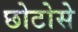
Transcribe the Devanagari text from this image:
छोटोसे